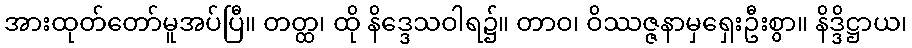
အားထုတ်တော်မူအပ်ပြီ။ တတ္ထ၊ ထို နိဒ္ဒေသဝါရ၌။ တာဝ၊ ဝိဿဇ္ဇနာမှရှေးဦးစွာ။ နိဒ္ဒိဋ္ဌာယ၊